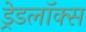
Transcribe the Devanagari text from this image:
ड्रेडलॉक्स